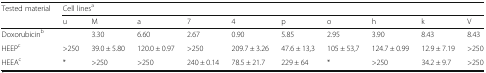
| Tested material | <COLSPAN=10> Cell linesa |
 |  | u | M | a | 7 | 4 | p | o | h | k | V |
 | --- | --- | --- | --- | --- | --- | --- | --- | --- | --- | --- |
 | Doxorubicinb |  | 3.30 | 6.60 | 2.67 | 0.90 | 5.85 | 2.95 | 3.90 | 8.43 | 8.43 |
 | HEEPc | >250 | 39.0 ± 5.80 | 120.0 ± 0.97 | >250 | 209.7 ± 3.26 | 47.6 ± 13,3 | 105 ± 53,7 | 124.7 ± 0.99 | 12.9 ± 7.19 | >250 |
 | HEEAc | * | >250 | >250 | 240 ± 0.14 | 78.5 ± 21.7 | 229 ± 64 | * | >250 | 34.2 ± 9.7 | >250 |